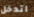
اتدخل